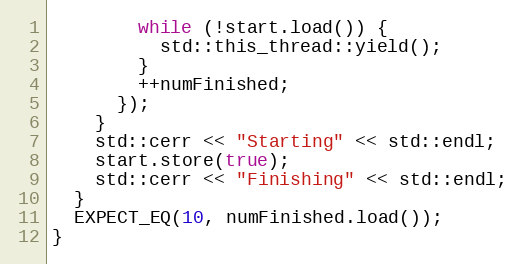
Language: C++
        while (!start.load()) {
          std::this_thread::yield();
        }
        ++numFinished;
      });
    }
    std::cerr << "Starting" << std::endl;
    start.store(true);
    std::cerr << "Finishing" << std::endl;
  }
  EXPECT_EQ(10, numFinished.load());
}